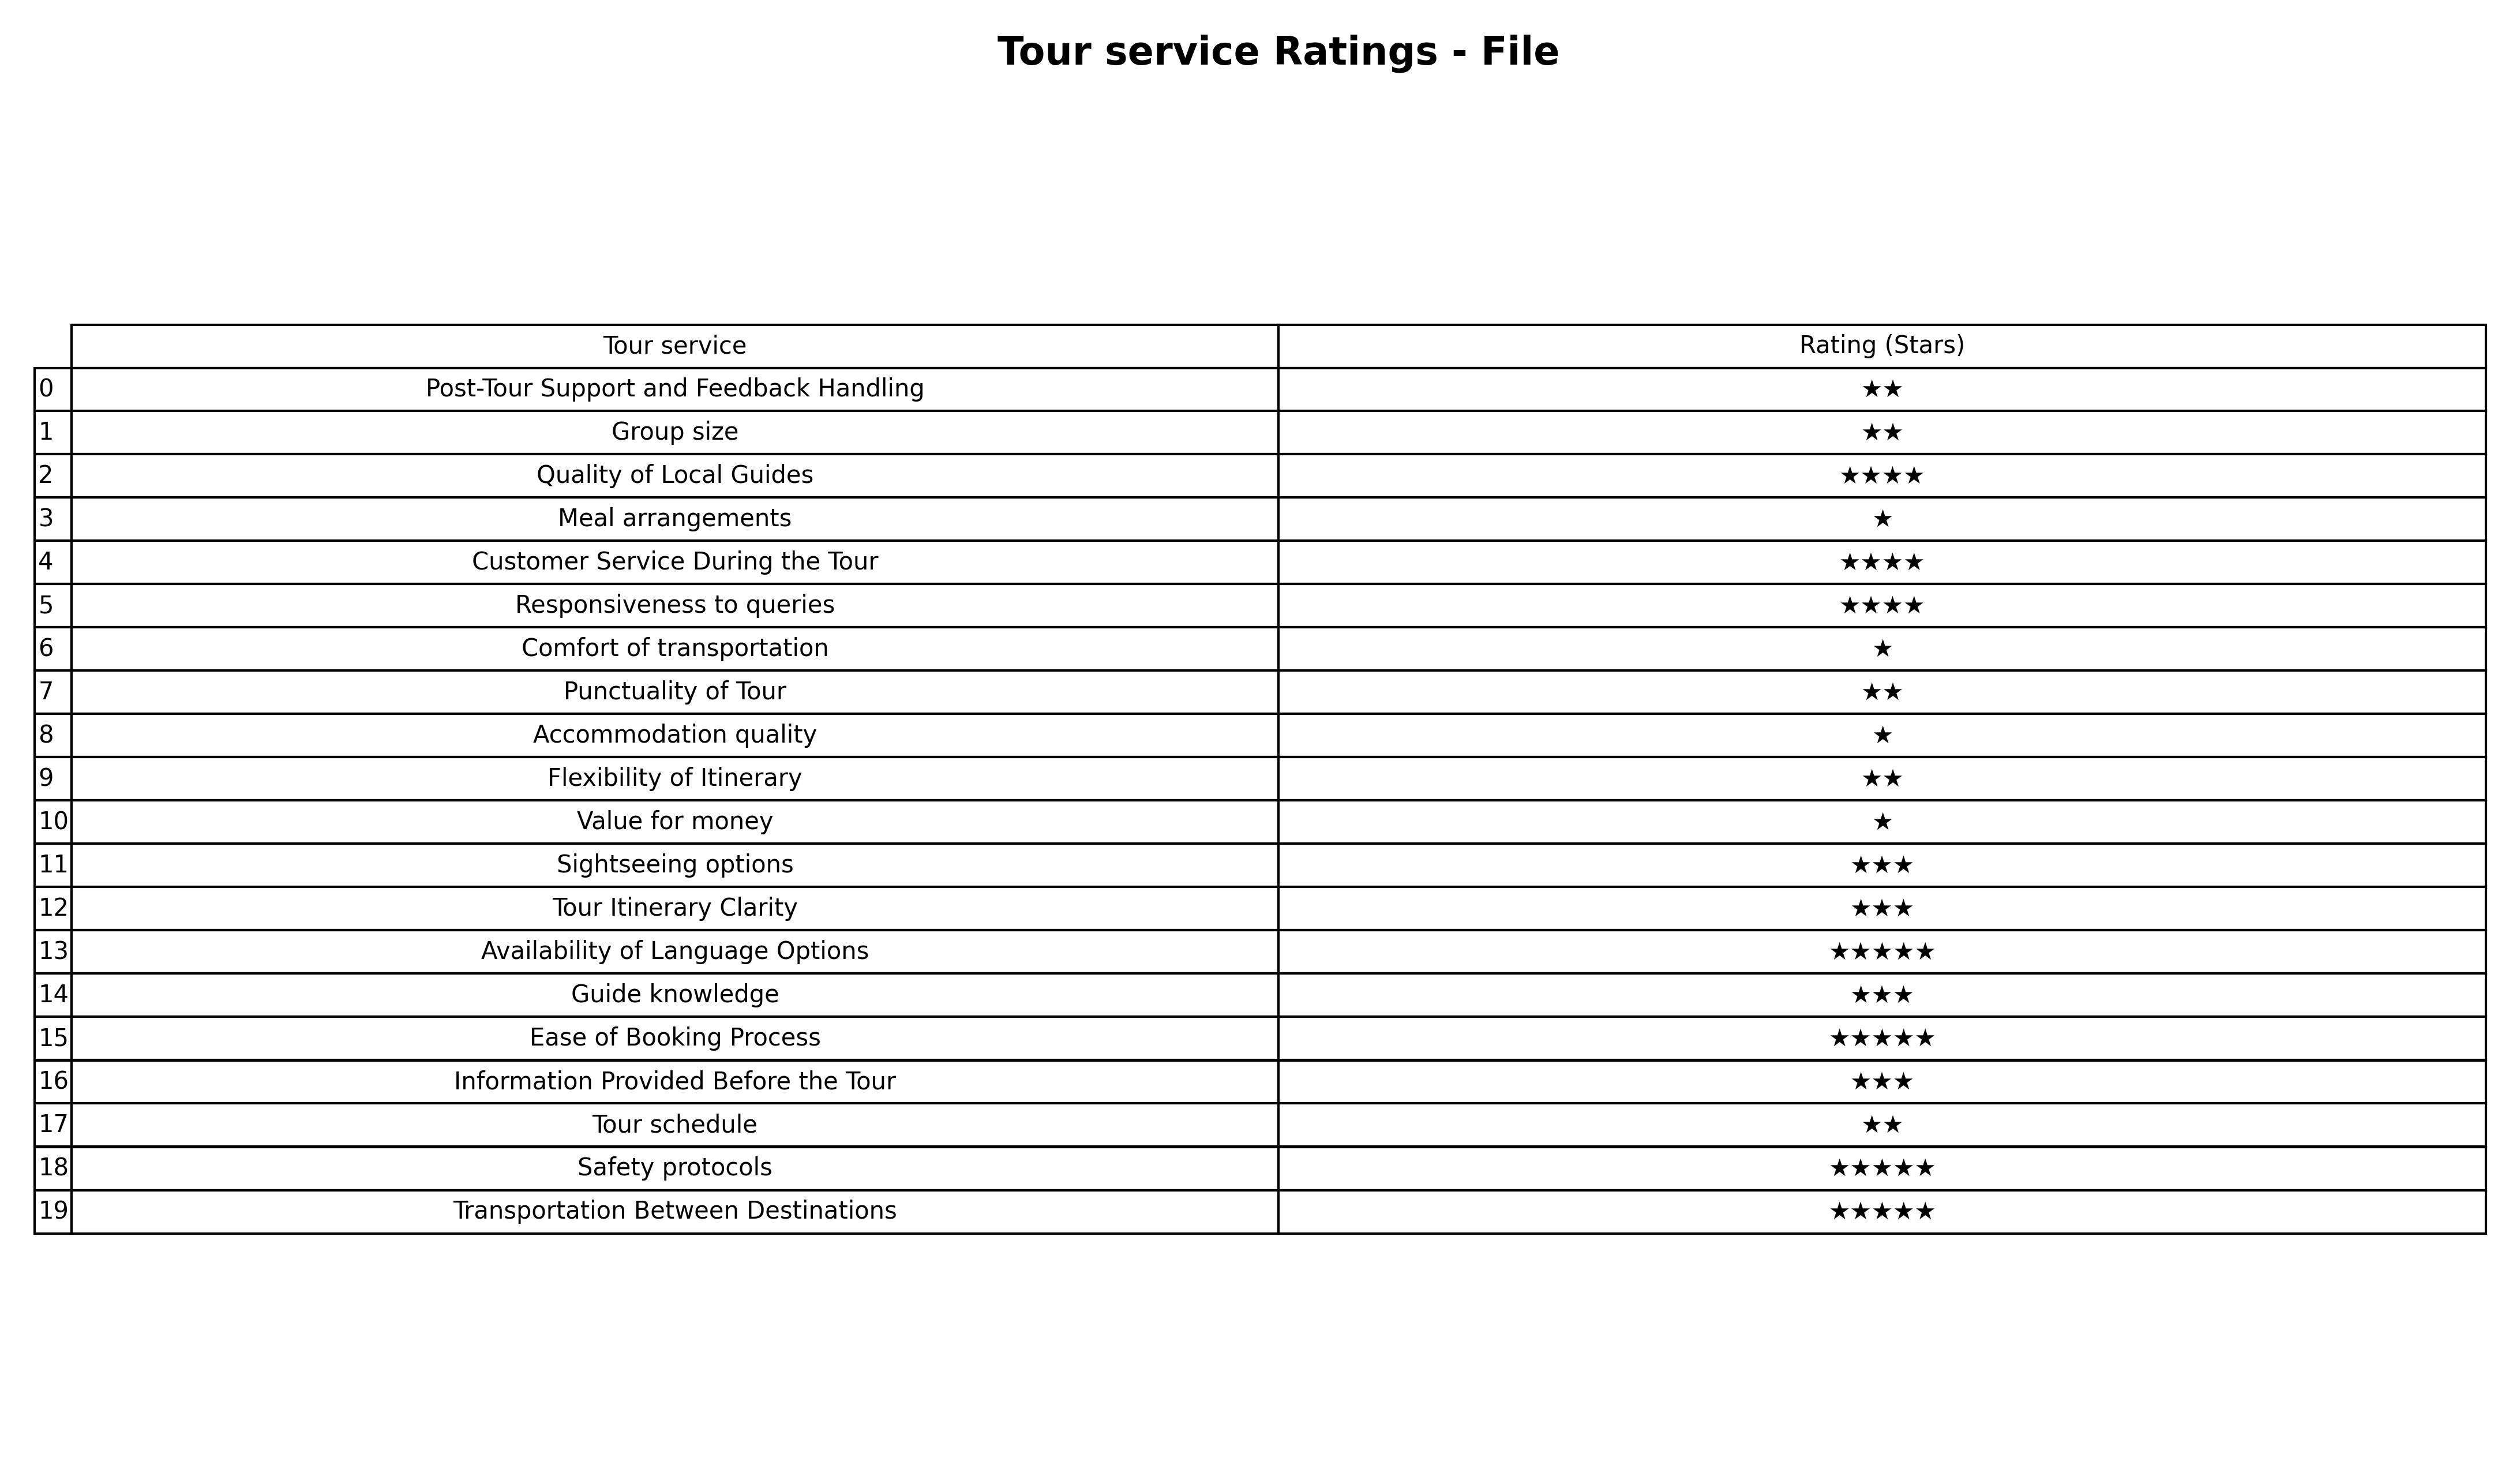
question: What is the rating of Safety protocols?
answer: ★★★★★